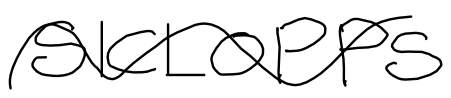
Text: SICLOPPS
Cross-out: wave
Writing tool: digital_black